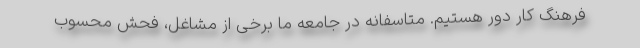
فرهنگ کار دور هستیم. متاسفانه در جامعه ما برخی از مشاغل، فحش محسوب